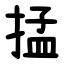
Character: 掹